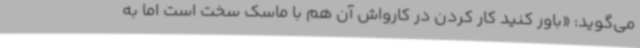
می‌گوید: «باور کنید کار کردن در کارواش آن هم با ماسک سخت است اما به